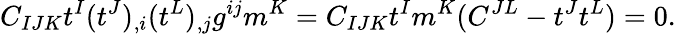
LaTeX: C_{IJK}t^{I}(t^{J})_{,i}(t^{L})_{,j}g^{ij}m^{K}=C_{IJK}t^{I}m^{K}(C^{JL}-t^{J}t^{L})=0.